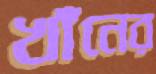
খাঁনের